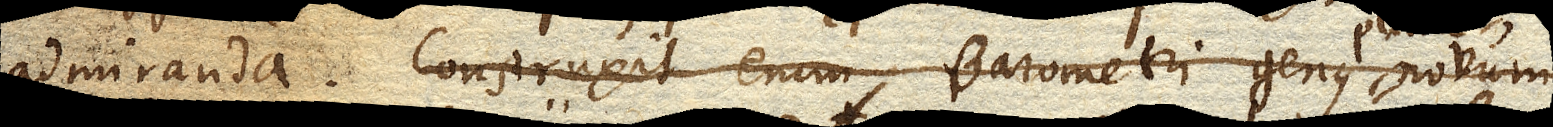
admiranda. Construxit enim Barometri genus plane novum